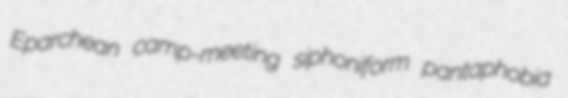
Eparchean camp-meeting siphoniform pantaphobia